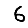
Digit: 6